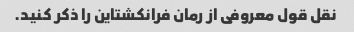
نقل قول معروفی از رمان فرانکشتاین را ذکر کنید.